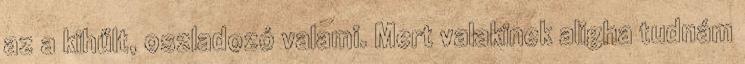
az a kihűlt, oszladozó valami. Mert valakinek aligha tudnám